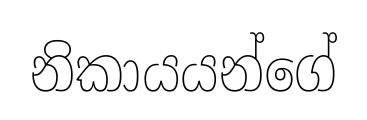
නිකායයන්ගේ